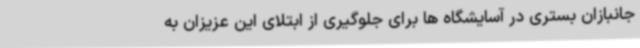
جانبازان بستری در آسایشگاه ها برای جلوگیری از ابتلای این عزیزان به